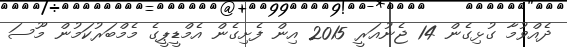
ދެއްވުމާ ގުޅިގެން 14 ޖެނުއަރީ 2015 އިން ފެށިގެން އެމްޑީޕީގެ މެމްބަރުކަމުން މޫސަ